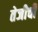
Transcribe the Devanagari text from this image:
तेजीची